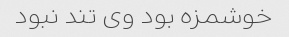
خوشمزه بود وی تند نبود